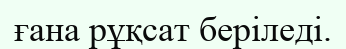
ғана рұқсат беріледі.